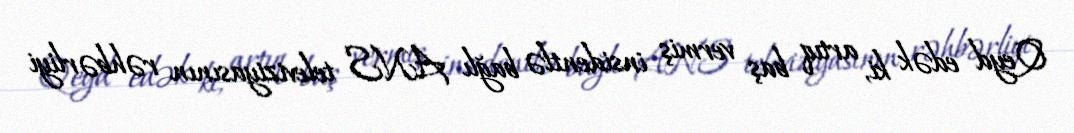
Qeyd edək ki, artıq baş vermiş insidentlə bağlı ANS televiziyasının rəhbərliyi